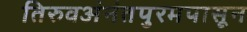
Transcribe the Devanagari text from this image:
तिरुवअंनंतपुरमपासून